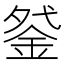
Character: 𰼩